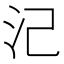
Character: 𣲆